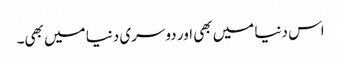
اس دنیا میں بھی اور دوسری دنیا میں بھی۔